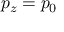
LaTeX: p _ { z } = p _ { 0 }